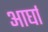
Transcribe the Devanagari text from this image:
आर्घा